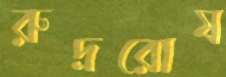
রুদ্ররোষ